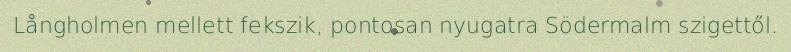
Långholmen mellett fekszik, pontosan nyugatra Södermalm szigettől.